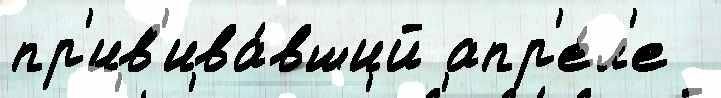
пр'ив'ива́вший апр'е́л'е